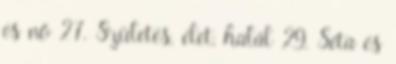
és nő 27. Születés, élet, halál 29. Séta és